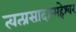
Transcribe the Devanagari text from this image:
त्वत्प्रसादान्महेश्वर